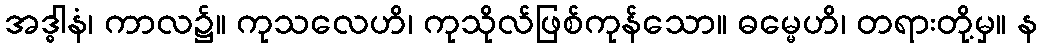
အဒ္ဓါနံ၊ ကာလ၌။ ကုသလေဟိ၊ ကုသိုလ်ဖြစ်ကုန်သော။ ဓမ္မေဟိ၊ တရားတို့မှ။ န